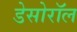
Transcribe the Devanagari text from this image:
डेसोरॉल